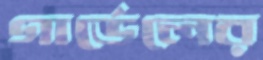
গার্ডেলের